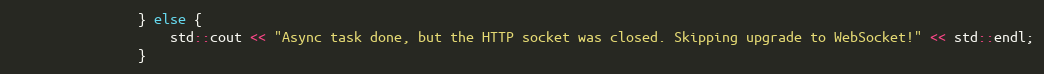
Language: C++
                } else {
                    std::cout << "Async task done, but the HTTP socket was closed. Skipping upgrade to WebSocket!" << std::endl;
                }